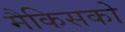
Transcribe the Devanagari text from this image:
मैकिसको